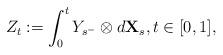
LaTeX: \begin{align*}Z_t:=\int_0^tY_{s^-}\otimes d\mathbf{X}_s, t\in[0,1],\end{align*}